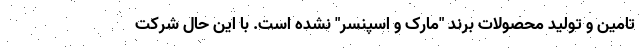
تامین و تولید محصولات برند "مارک و اسپنسر" نشده است. با این حال شرکت